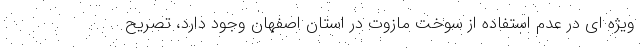
ویژه ای در عدم استفاده از سوخت مازوت در استان اصفهان وجود دارد، تصریح